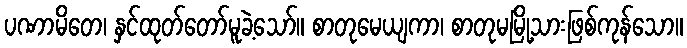
ပဏာမိတေ၊ နှင်ထုတ်တော်မူခဲ့သော်။ စာတုမေယျကာ၊ စာတုမမြို့သားဖြစ်ကုန်သော။